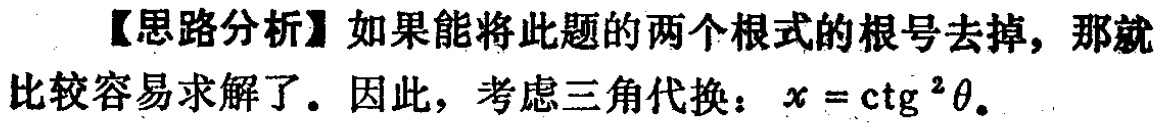
【思路分析】如果能将此题的两个根式的根号去掉，那就比较容易求解了。因此，考虑三角代换：\(x = \mathrm{ctg}^{2}\theta\)。